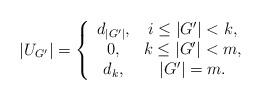
LaTeX: \begin{align*}|U_{G'}|=\left\{\begin{array}{cc}d_{|G'|}, & i\le|G'|< k,\\0, & k\le|G'|<m,\\d_k, & |G'|=m.\end{array}\right.\end{align*}